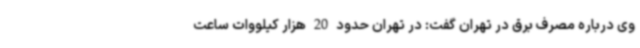
وی درباره مصرف برق در تهران گفت: در تهران حدود 20 هزار کیلووات ساعت